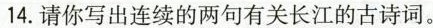
14.请你写出连续的两句有关长江的古诗词。